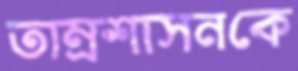
তাম্রশাসনকে